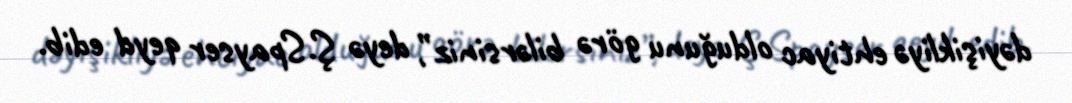
dəyişikliyə ehtiyac olduğunu görə bilərsiniz”, deyə Ş.Spayser qeyd edib.